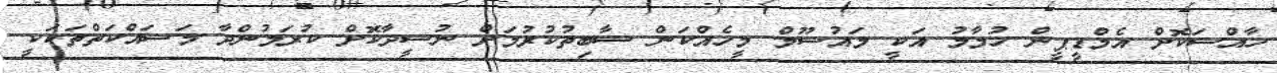
ހާއްސަކޮށް އެމްޑީޕީން ހުމާމު އަކީ މައުސޫމް މީހެއްކަން ސާބިތުކުރުމަށް ނުސީދާކޮށް ކުރަމުންދާ މަސައްކަތްތަކަކީ